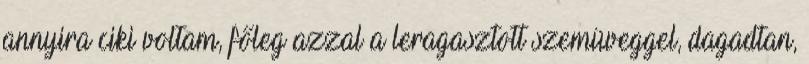
annyira ciki voltam, főleg azzal a leragasztott szemüveggel, dagadtan,